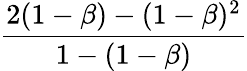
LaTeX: \frac{2(1-\beta)-(1-\beta)^{2}}{1-(1-\beta)}